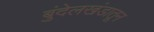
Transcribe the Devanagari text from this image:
बुंदेलखंडातून